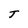
Character: T